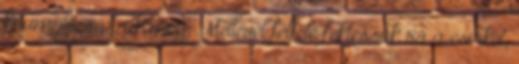
krumplit, sózzuk meg. Mellével felfelé fektessük rá a csirkét,